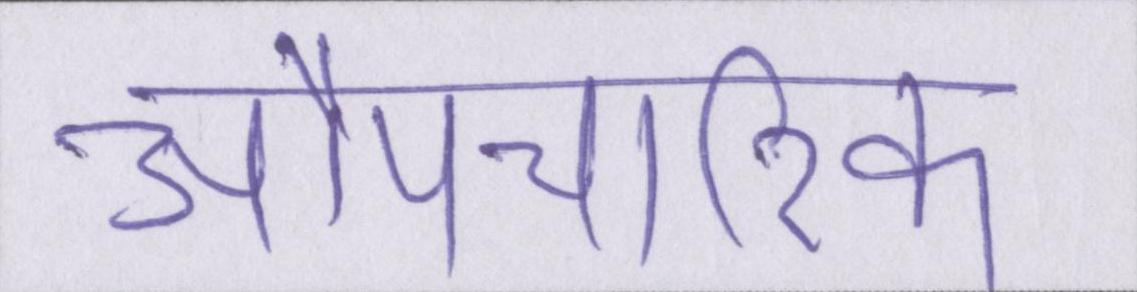
औपचारिक